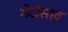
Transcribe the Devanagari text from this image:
भेटीस्तव